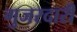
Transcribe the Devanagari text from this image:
गुजरदारी